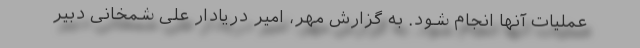
عملیات آنها انجام شود. به گزارش مهر، امیر دریادار علی شمخانی دبیر